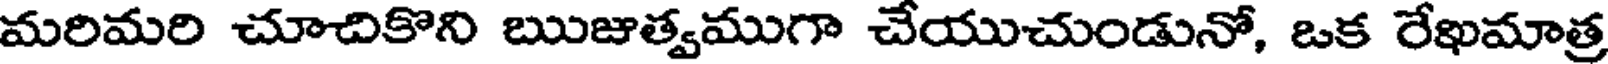
మరిమరి చూచికొని ఋజుత్వముగా చేయుచుండునో, ఒక రేఖమాత్ర